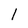
Character: 1